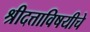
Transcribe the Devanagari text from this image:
श्रीदत्ताविषयीचे